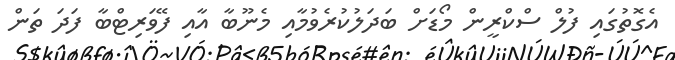
އެގޮތުގައި ފުލް ސްކްރީން މޯޑަށް ބަދަލުކުރެވުމާއި މެނޫބާ އާއި ފޭވަރިޓްބާ ފަދަ ތަން